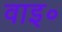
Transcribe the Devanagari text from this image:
वाइ॰